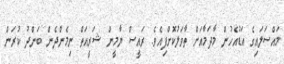
މައްސަލައިގެ އަޑުއެހުން މާދަމާއަށް ތާވަލުކޮށްފިއެވެ. ރައީސް ޔާމީން ޝަރީއަތް ނިމެންދެން ބަންދު ކުރަން